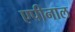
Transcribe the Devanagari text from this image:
एपीनाल